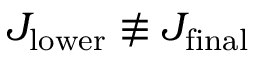
J _ { \mathrm { l o w e r } } \not \equiv J _ { \mathrm { f i n a l } }